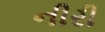
નીરી